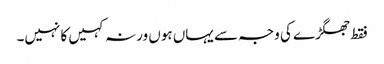
فقط جھگڑے کی وجہ سے یہاں ہوں ورنہ کہیں کا نہیں۔